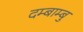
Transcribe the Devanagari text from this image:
दम्बाम्बु